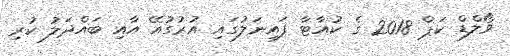
ވޯލްޑް ކަޕް 2018 ގެ ކުއާޓާ ފައިނަލުގައި އުރުގުއޭ އާއި ބައްދަލު ކުރި